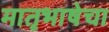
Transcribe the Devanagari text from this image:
मातृभाषेचा